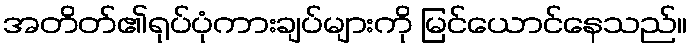
အတိတ်၏ရုပ်ပုံကားချပ်များကို မြင်ယောင်နေသည်။